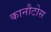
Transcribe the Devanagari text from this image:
कानौटोस